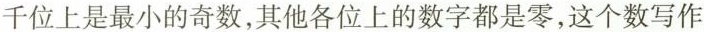
千位上是最小的奇数，其他各位上的数字都是零，这个数写作